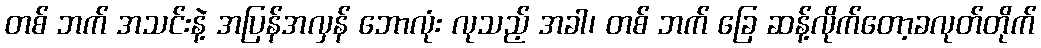
တစ် ဘက် အသင်းနဲ့ အပြန်အလှန် ဘောလုံး လုသည့် အခါ၊ တစ် ဘက် ခြေ ဆန့်လိုက်တော့ခလုတ်တိုက်